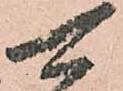
可